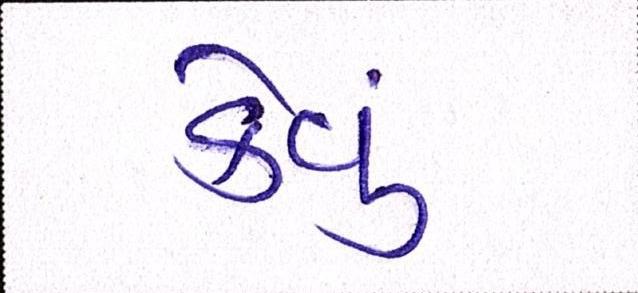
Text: કેવું